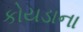
કોયડાના